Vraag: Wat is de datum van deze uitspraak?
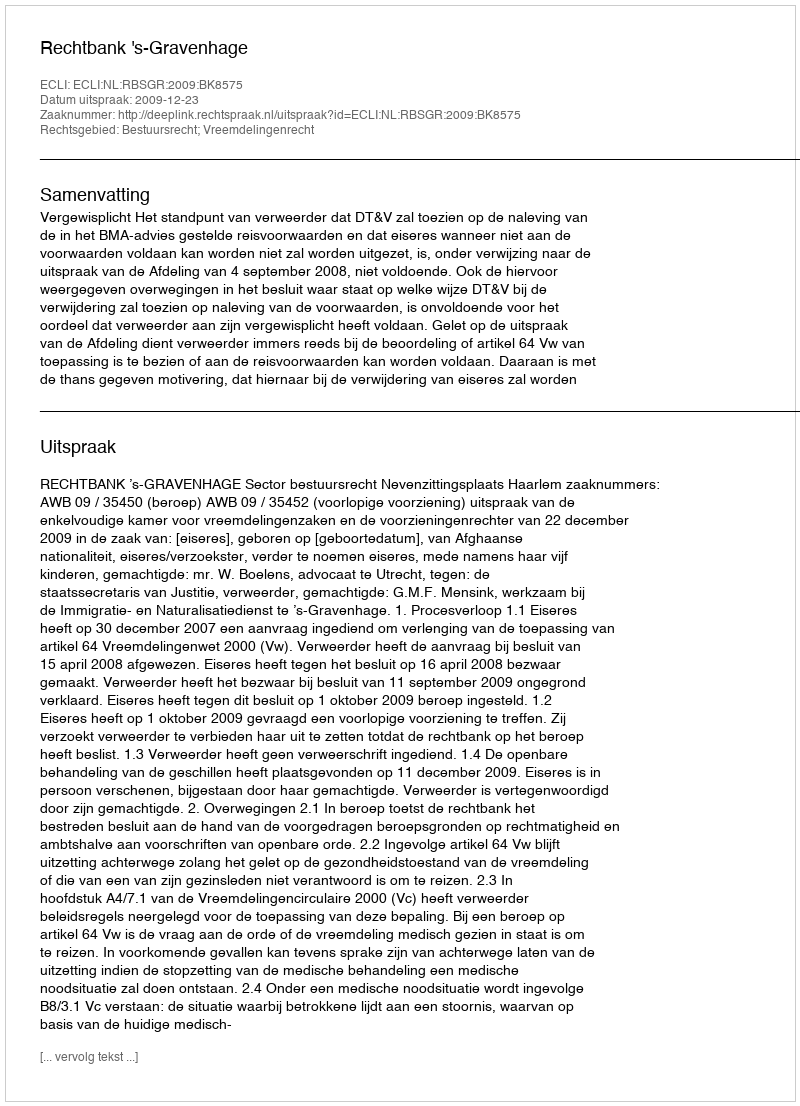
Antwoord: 2009-12-23